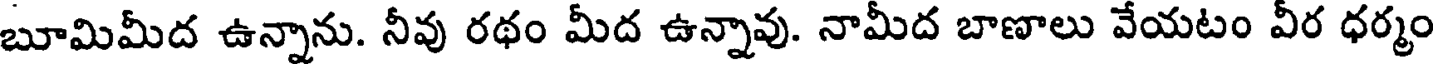
బూమిమీద ఉన్నాను. నీవు రథం మీద ఉన్నావు. నామీద బాణాలు వేయటం వీర ధర్మం